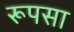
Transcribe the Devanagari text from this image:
रूपसा